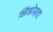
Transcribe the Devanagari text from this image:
झिंझोड़ता